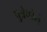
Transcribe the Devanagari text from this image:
पुत्रेच्छेने